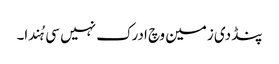
پنڈ دی زمین وچ ادرک نہیں سی ہُندا۔